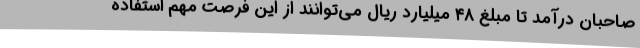
صاحبان درآمد تا مبلغ ۴۸ میلیارد ریال می‌توانند از این فرصت مهم استفاده